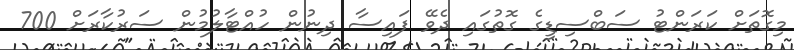
މިގޮތަށް ކަރަންޓު ސަބްސިޑީގެ ގޮތުގައި ދެވޭ ފައިސާ ދިނުން ހުއްޓާލުމުން ސަރުކާރަށް 700